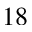
^ { 1 8 }